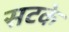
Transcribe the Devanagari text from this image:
सटके